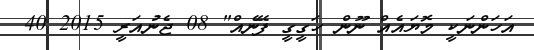
އަހަންނަކީ މޮޔައެއް ނޫން ހަގީގީ ފޭނެއް" 08 ޖެނުއަރީ 2015 40